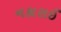
નકારાઈ